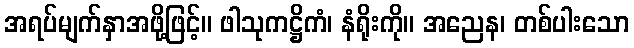
အရပ်မျက်နှာအဖို့ဖြင့်။ ဖါသုကဋ္ဌိကံ၊ နံရိုးကို။ အညေန၊ တစ်ပါးသော